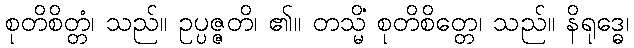
စုတိစိတ္တံ၊ သည်။ ဥပ္ပဇ္ဇတိ၊ ၏။ တသ္မိံ စုတိစိတ္တေ၊ သည်။ နိရုဒ္ဓေ၊